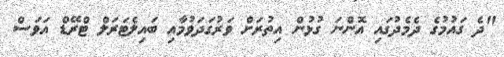
"ދެ ގައުމުގެ ދެމެދުގައި އޮންނަ ގުޅުން އިތުރަށް ވަރުގަދަވުމާއި ބައިލެޓަރަލް ޓްރޭޑް އަވަސް